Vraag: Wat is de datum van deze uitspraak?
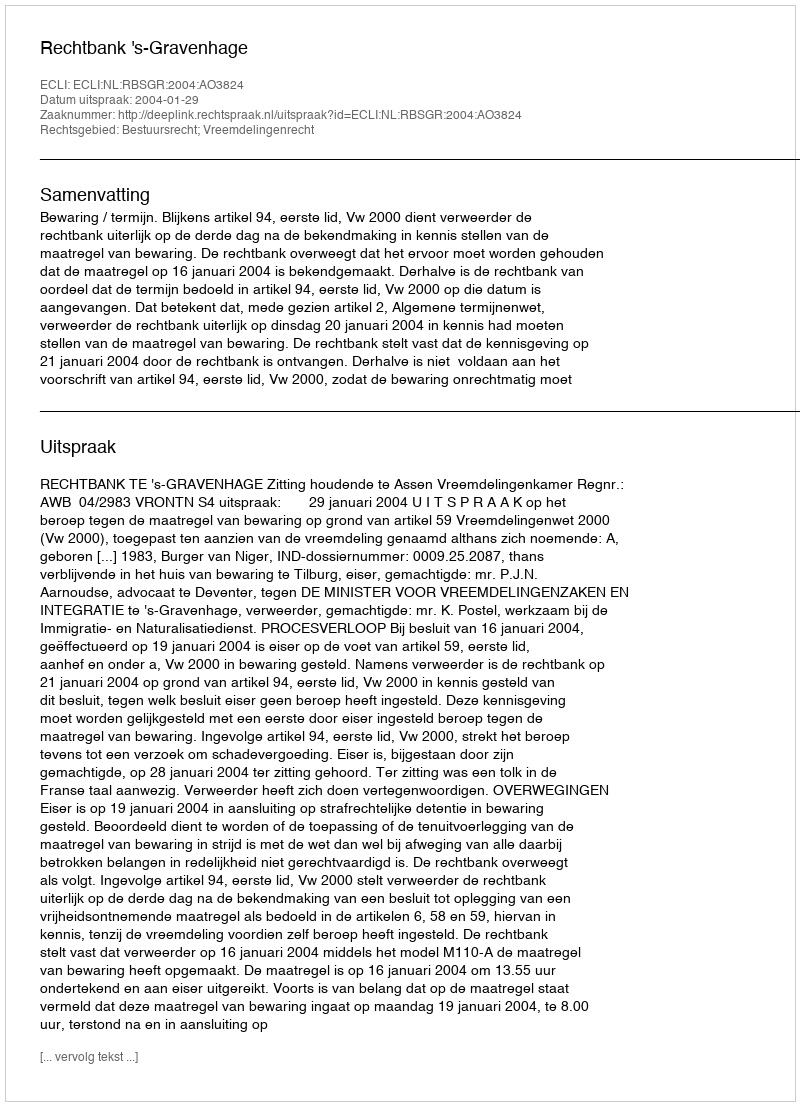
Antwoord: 2004-01-29